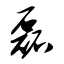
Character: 磊